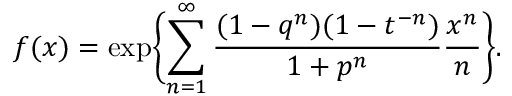
f ( x ) = \exp \Biggl \{ \sum _ { n = 1 } ^ { \infty } { \frac { ( 1 - q ^ { n } ) ( 1 - t ^ { - n } ) } { 1 + p ^ { n } } } { \frac { x ^ { n } } { n } } \Biggr \} .